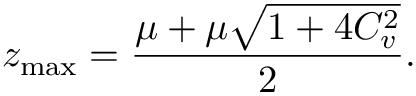
z _ { \operatorname* { m a x } } = \frac { \mu + \mu \sqrt { 1 + 4 C _ { v } ^ { 2 } } } { 2 } .